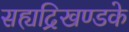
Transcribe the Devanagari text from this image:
सह्यद्रिखण्डके